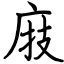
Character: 庪